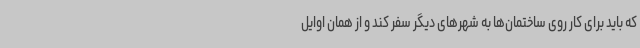
که باید برای کار روی ساختمان‌ها به شهرهای دیگر سفر کند و از همان اوایل